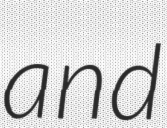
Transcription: and